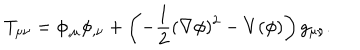
LaTeX: T _ { \mu \nu } = \phi _ { , \mu } \phi _ { , \nu } + \left( - \frac { 1 } { 2 } ( \nabla \phi ) ^ { 2 } - V ( \phi ) \right) g _ { \mu \nu } .